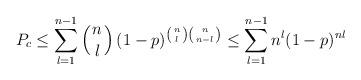
LaTeX: \begin{align*}P_c \leq \sum_{l=1}^{n-1} \left(n \atop l \right) (1-p)^{\left(n \atop l \right) \left(n \atop n - l \right) } \leq \sum_{l=1}^{n-1} n^l (1 - p)^{nl}\end{align*}